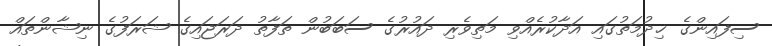
ސިފައިންގެ ޚިދުމަތުގައި އަދާކުރެއްވި މަތިވެރި ދައުރުގެ ސަބަބުން ތަފާތު ދަރަޖައިގެ ޝަރަފުގެ ނިޝާންތައް